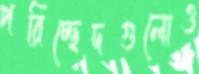
পরিচ্ছেদগুলোও